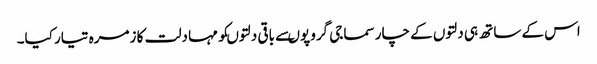
اس کے ساتھ ہی دلتوں کے چار سماجی گروپوںسے باقی دلتوںکو مہا دلت کا زمرہ تیار کیا۔